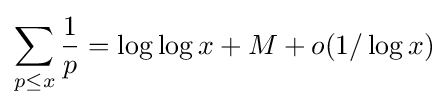
\sum _{p\leq x}{\frac {1}{p}}=\log \log x+M+o(1/\log x)